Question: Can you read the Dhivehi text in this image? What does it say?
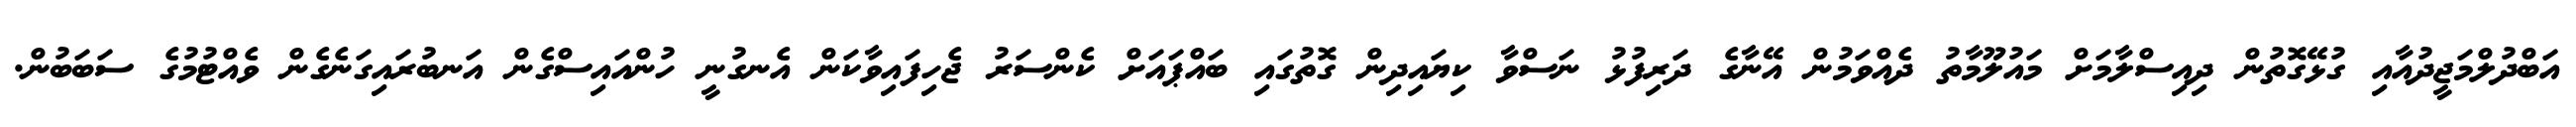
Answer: އަބްދުލްމަޖީދުއާއި ގުޅޭގޮތުން ދިއިސްލާމަށް މައުލޫމާތު ދެއްވަމުން އޭނާގެ ދަރިފުޅު ނަސްވާ ކިޔައިދިން ގޮތުގައި ބައްޕައަށް ކެންސަރު ޖެހިފައިވާކަން އެނގުނީ ހުންއައިސްގެން އަނބުރައިގަނެގެން ވެއްޓުމުގެ ސަބަބުން.